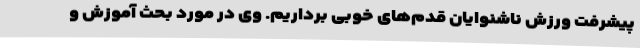
پیشرفت ورزش ناشنوایان قدم‌های خوبی برداریم. وی در مورد بحث آموزش و